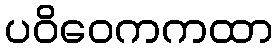
ပဝိဝေကကထာ